Scottish Certificate of Education, 1962
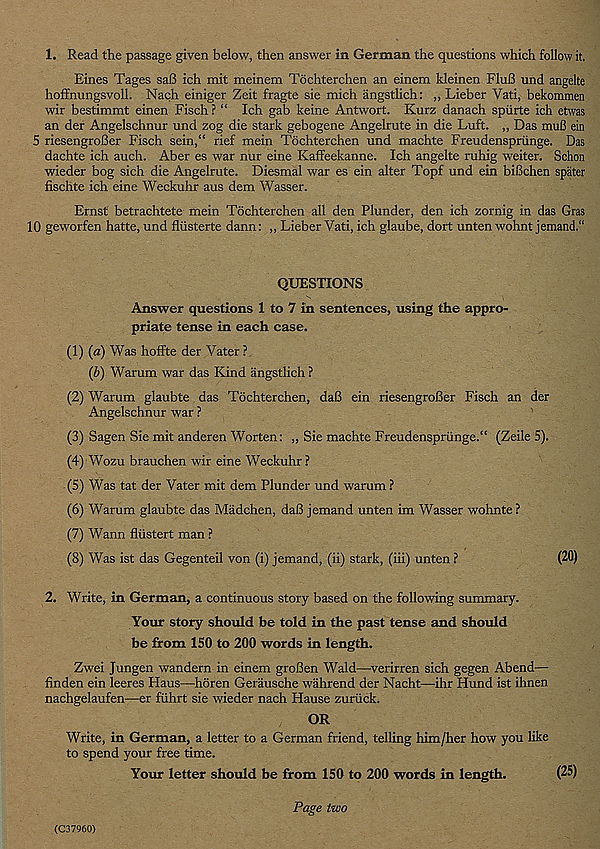
1. Read the passage given below, then answer in German the questions which follow it,
Eines Tages sa8 ich mit meinem Tochterchen an einem kleinen FluB und angelte
hoffnungsvoll. Nach einiger Zeit fragte sie mich angstlich: „ Lieber Yati, bekommen
wir bestimmt einen Fisch ? “ Ich gab keine Antwort. Kurz danach spiirte ich etwas
an der Angelschnur und zog die stark gebogene Angelrute in die Luft. ,, Das muB ein
5 riesengroBer Fisch sein,“ rief mein Tochterchen und machte Freudenspriinge. Das
dachte ich auch. Aber es war nur eine Kaffeekanne. Ich angelte ruhig weiter. Schon
wieder bog sich die Angelrute. Diesmal war es ein alter Topf und ein biBchen spater
fischte ich eine Weckuhr aus dem Wasser.
Ernst betrachtete mein Tochterchen all den Plunder, den ich zornig in das Gras
10 geworfen hatte, und fliisterte dann: ,, Lieber Vati, ich glaube, dort unten wohnt jemand.“
QUESTIONS
Answer questions 1 to 7 in sentences, using the appro-
priate tense in each case.
(1) (a) Was hoffte der Vater ?
(b) Warum war das Kind angstlich ?
(2) Warum glaubte das Tochterchen, daB ein riesengroBer Fisch an der
Angelschnur war ?
(3) Sagen Sie mit anderen Worten: „ Sie machte Freudenspriinge.“ (Zeile 5).
(4) Wozu brauchen wir eine Weckuhr?
(5) Was tat der Vater mit dem Plunder und warum ?
(6) Warum glaubte das Madchen, daB jemand unten im Wasser wohnte?
(7) Wann fliistert man ?
(8) Was ist das Gegenteil von (i) jemand, (ii) stark, (iii) unten ?
(20)
2. Write, in German, a continuous story based on the following summary.
Your story should be told in the past tense and should
be from 150 to 200 words in length.
Zwei Jungen wandern in einem groBen Wald—verirren sich gegen Abend—
finden ein leeres Haus—horen Gerausche wahrend der Nacht—ihr Hund ist ihnen
nachgelaufen—er fiihrt sie wieder nach Hause zuriick.
OR
Write, in German, a letter to a German friend, telling him/her how you like
to spend your free time.
Your letter should be from 150 to 200 words in length.
(25)
Page two
(C37960)